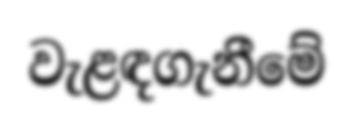
වැළඳගැනීමේ